Regulations for the medical services of the Army of India
Year: 1930
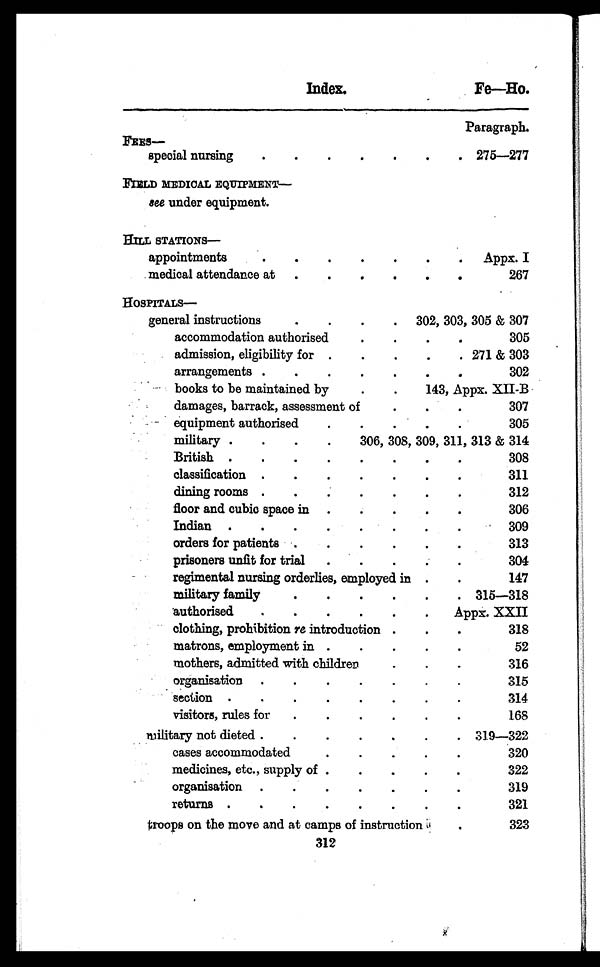
Index.
Fe—Ho.
Paragraph.
FEES—
special nursing
.
.
.
.
.
.
. 275-277
FIELD MEDICAL EQUIPMENT—
see under equipment.
HILL STATIONS
—
appointments
.
.
.
.
.
.
. Appx. I
medical attendance at .
.
.
.
.
.
267
HOSPITALS —
general instructions
.
.
.
. 302, 303, 305 & 307
accommodation authorised
.
.
.
.
305
admission, eligibility for .
.
.
.
. 271 & 303
arrangements .
.
.
.
.
.
.
302
books to be maintained by
.
.
143, Appx. XII-B
damages, barrack, assessment of
.
.
.
307
equipment authorised
.
.
.
.
.
305
military .
. .
.
306, 308, 309, 311, 313 & 314
British .
.
.
.
.
.
.
.
308
classification .
.
.
.
.
.
.
311
dining rooms .
.
.
.
.
.
.
312
floor and cubic space in .
.
.
.
.
306
Indian .
.
.
.
.
.
.
.
309
orders for patients .
.
.
.
.
.
313
prisoners unfit for trial
.
.
.
.
.
304
regimental nursing orderlies, employed in .
.
147
military family
.
.
.
.
.
. 315—318
authorised
.
.
.
.
.
.
Appx. XXII
clothing, prohibition re introduction .
.
.
318
matrons, employment in .
.
.
.
.
52
mothers, admitted with children
.
.
.
316
organisation .
.
.
.
.
.
.
315
section .
.
.
.
.
.
.
.
314
visitors, rules for
.
.
. .
.
.
168
military not dieted .
.
.
.
.
.
. 319—322
cases accommodate
.
.
.
.
.
320
medicines, etc., supply of .
.
.
.
.
322
organisation .
.
.
.
.
.
.
319
returns .
.
.
.
.
.
.
.
321
troops on the move and at camps of instruction
.
323
312